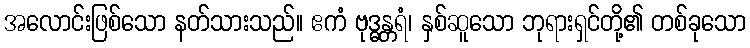
အလောင်းဖြစ်သော နတ်သားသည်။ ဧကံ ဗုဒ္ဓန္တရံ၊ နှစ်ဆူသော ဘုရားရှင်တို့၏ တစ်ခုသော